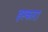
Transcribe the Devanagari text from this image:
इस्कारा